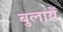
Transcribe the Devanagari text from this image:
बुलायें